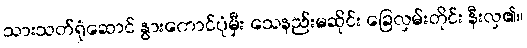
သားသတ်ရုံဆောင် နွားကောင်ပုံမှီး သေနည်းမဆိုင်း ခြေလှမ်းတိုင်း နီးလှ၏။